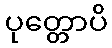
ပုတ္တောပိ